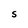
Character: S